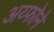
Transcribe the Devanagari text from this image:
अय्फोने